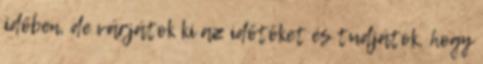
időben, de várjátok ki az időtöket és tudjátok, hogy